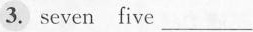
3. seven five ___